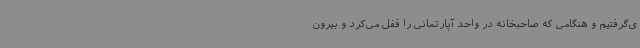
ی‌گرفتیم و هنگامی که صاحبخانه در واحد آپارتمانی را قفل می‌کرد و بیرون